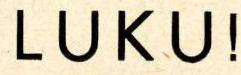
LUKU!